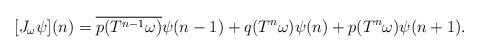
LaTeX: \begin{align*}[J_\omega\psi](n) = \overline{p(T^{n-1}\omega)}\psi(n-1)+q(T^n\omega)\psi(n) + p(T^n\omega)\psi(n+1).\end{align*}